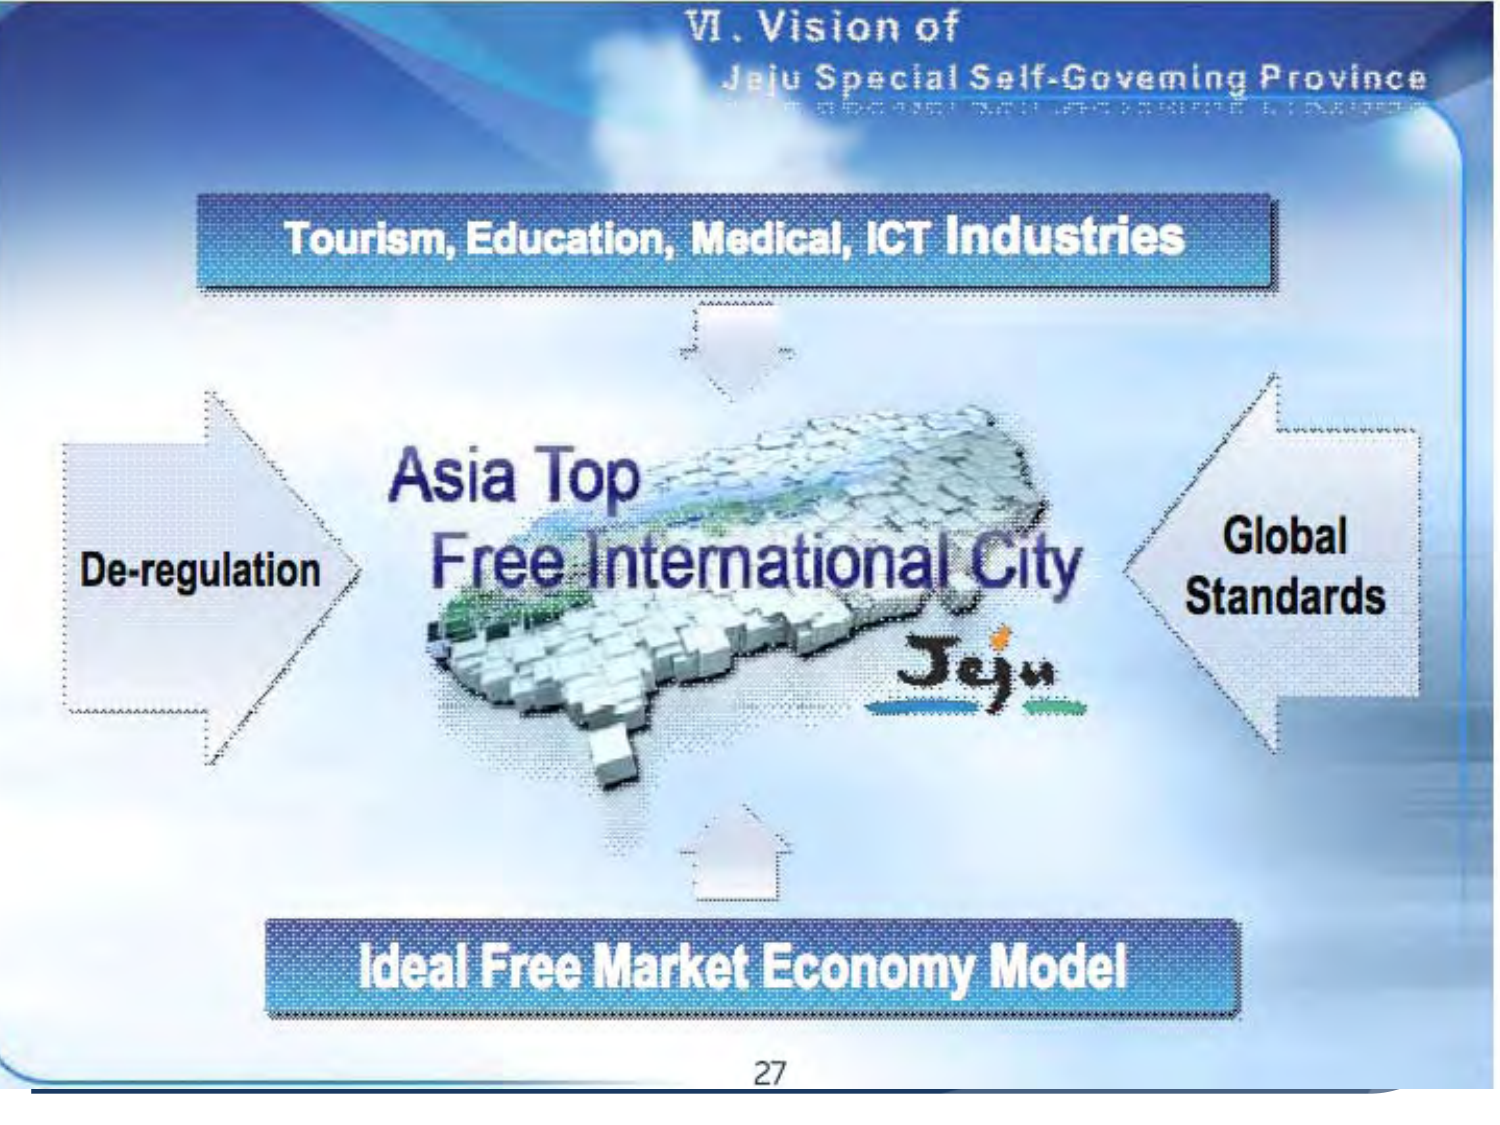
VI. Vision of
Jeju Special Self-Governing Province

Tourism, Education, Medical, ICT Industries

Asia Top
Free International City
Jeju

De-regulation

Global
Standards

Ideal Free Market Economy Model

27